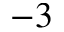
- 3